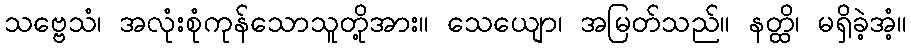
သဗ္ဗေသံ၊ အလုံးစုံကုန်သောသူတို့အား။ သေယျော၊ အမြတ်သည်။ နတ္ထိ၊ မရှိခဲ့အံ့။